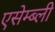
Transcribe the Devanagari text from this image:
एसेम्ब्ली